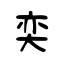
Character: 奕